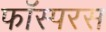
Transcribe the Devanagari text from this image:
फॉस्परस